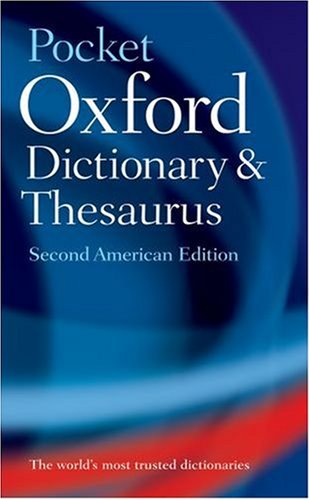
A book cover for The Pocket Oxford Dictionary and Thesaurus; Reference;